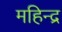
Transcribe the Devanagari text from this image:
महिन्द्र